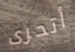
أتحرى